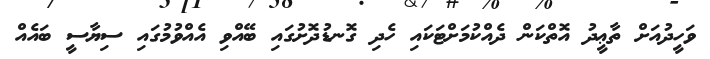
ވަހީދުއަށް ތާޢީދު އޮތްކަން ދެއްކުމަށްޓަކައި ހެދި ގޮނޑުދޮށުގައި ބޭއްވި އެއްވުމުގައި ސިޔާސީ ބައެއް